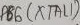
Text: PB6(XTAL1)